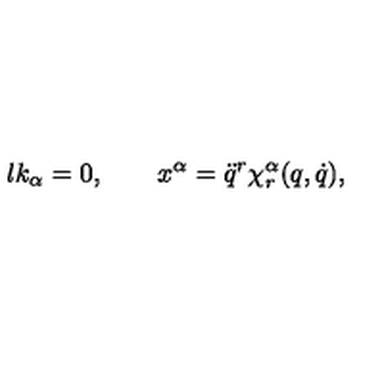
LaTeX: \l { k } _ { \alpha } = 0 , \qquad x ^ { \alpha } = \ddot { q } ^ { r } \chi _ { r } ^ { \alpha } ( q , \dot { q } ) ,